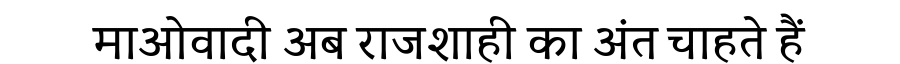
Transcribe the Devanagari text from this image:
माओवादी अब राजशाही का अंत चाहते हैं